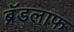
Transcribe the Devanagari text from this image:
ब्रॅडलाफ